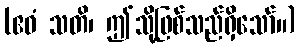
(ဧဝံ သတိ၊ ဤသို့ဖြစ်သည်ရှိသော်။)